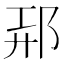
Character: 𲆑